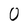
Character: 0